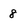
Character: 8